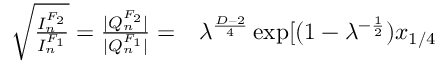
\begin{array} { r l } { \sqrt { \frac { I _ { n } ^ { F _ { 2 } } } { I _ { n } ^ { F _ { 1 } } } } = \frac { | Q _ { n } ^ { F _ { 2 } } | } { | Q _ { n } ^ { F _ { 1 } } | } = } & { { } \lambda ^ { \frac { D - 2 } { 4 } } \exp [ ( 1 - \lambda ^ { - \frac { 1 } { 2 } } ) x _ { 1 / 4 } } \end{array}